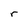
Character: r